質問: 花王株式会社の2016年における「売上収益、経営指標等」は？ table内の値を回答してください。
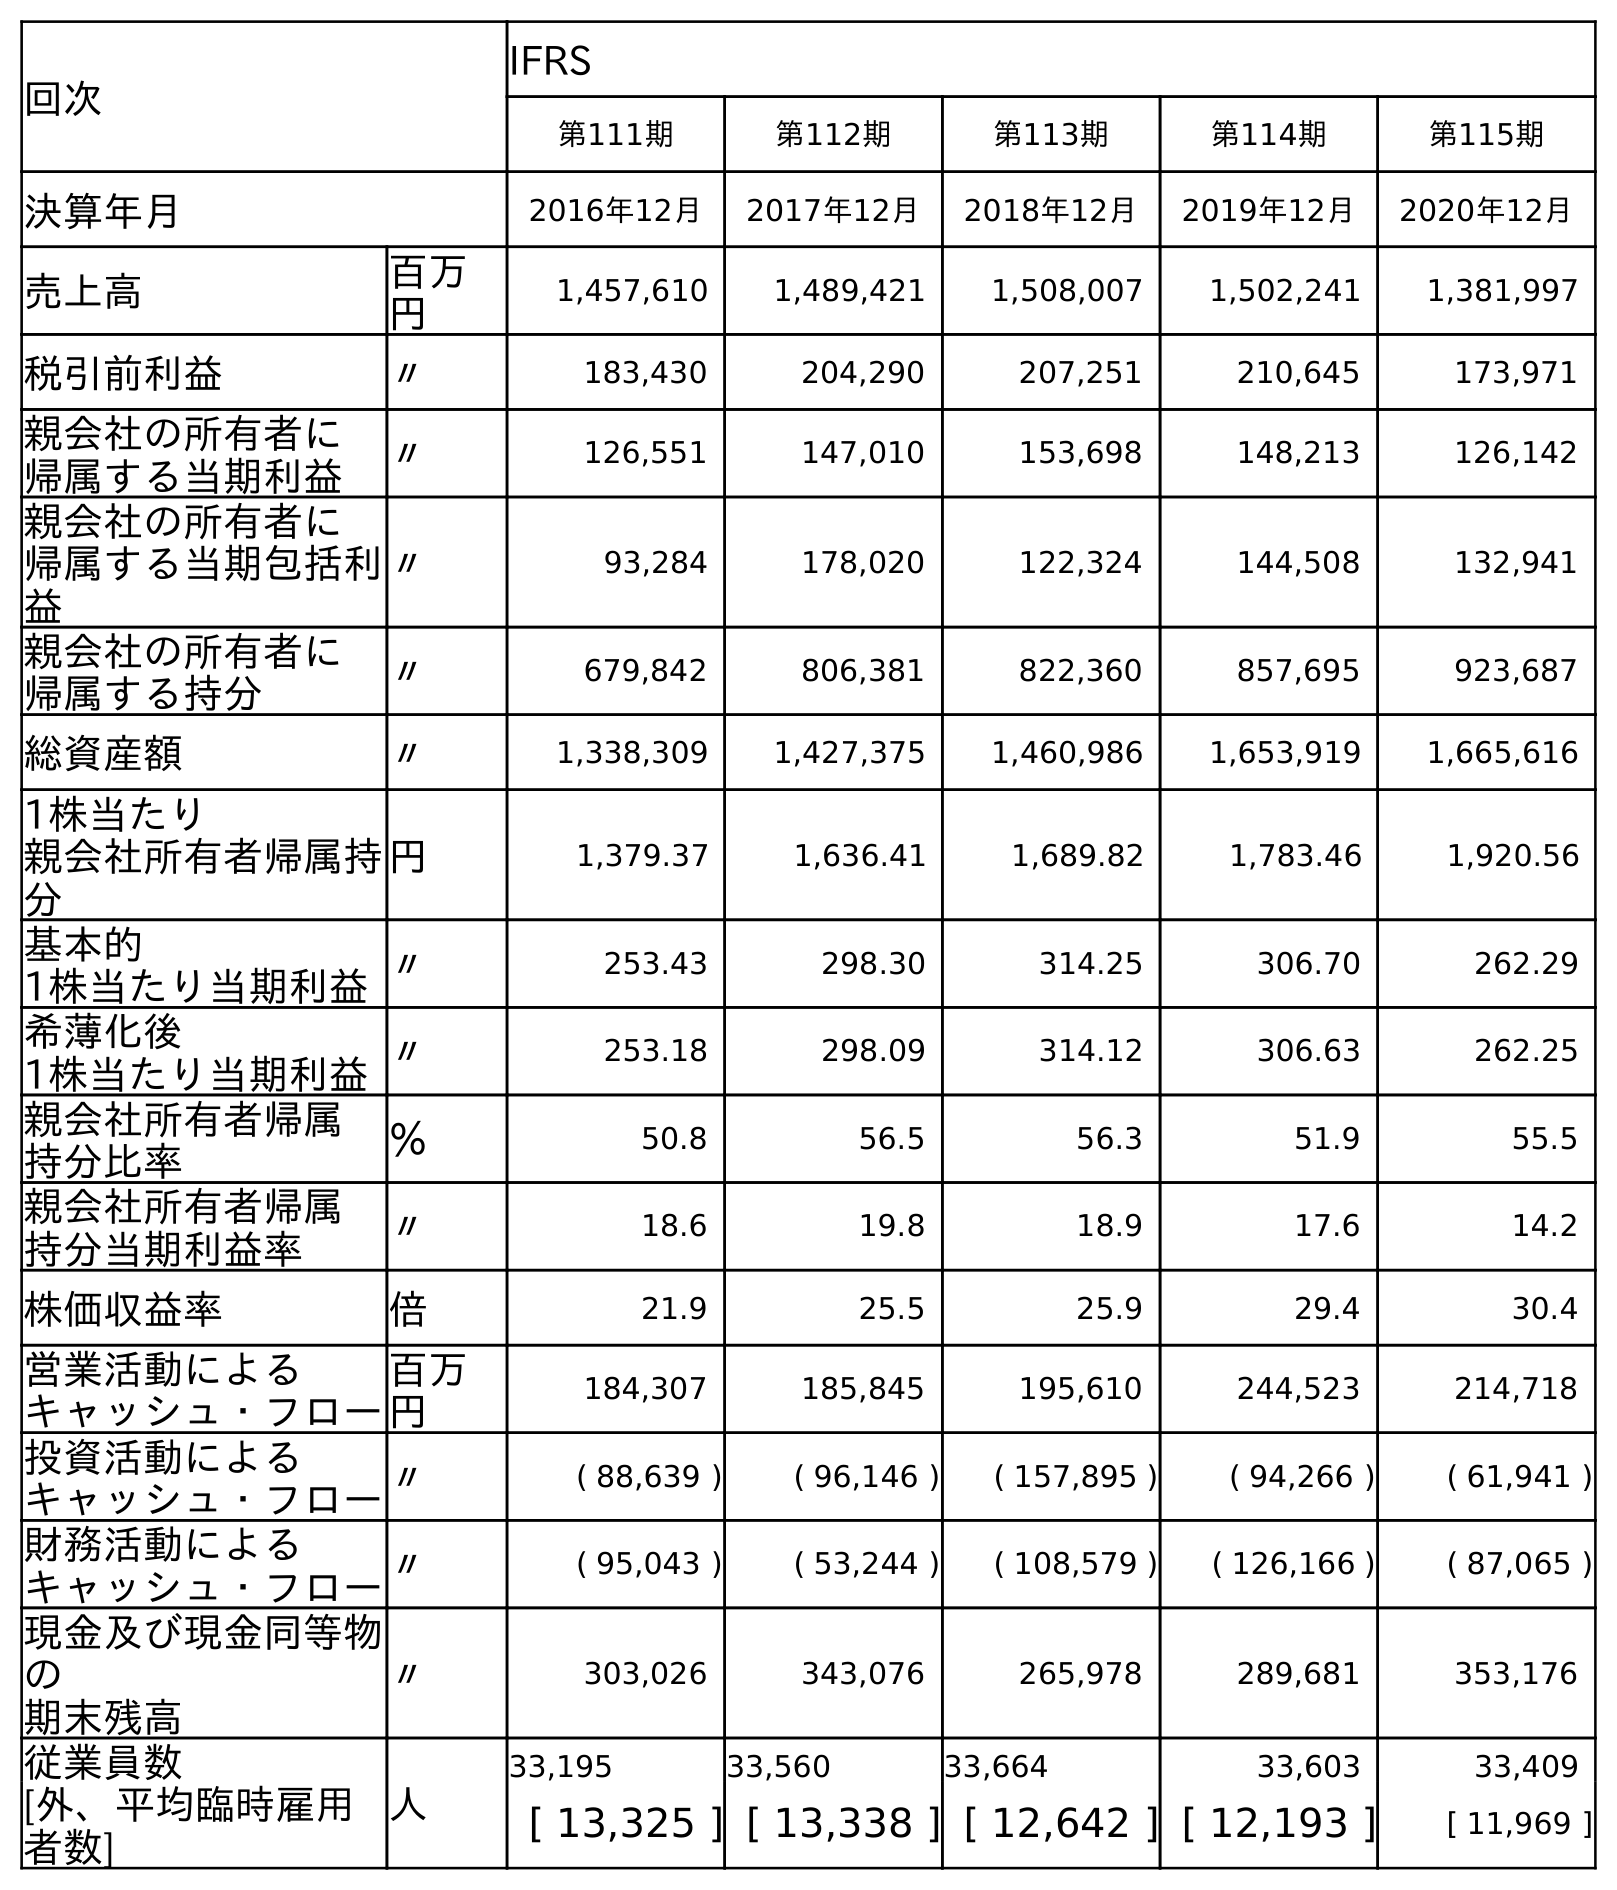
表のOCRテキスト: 回次 IFRS 第111期 第112期 第113期 第114期 第115期 決算年月 2016年12月 2017年12月 2018年12月 2019年12月 2020年12月 売上高 百万 円 1,457,610 1,489,421 1,508,007 1,502,241 1,381,997 税引前利益 〃 183,430 204,290 207,251 210,645 173,971 親会社の所有者に 帰属する当期利益 〃 126,551 147,010 153,698 148,213 126,142 親会社の所有者に 帰属する当期包括利 益 〃 93,284 178,020 122,324 144,508 132,941 親会社の所有者に 帰属する持分 〃 679,842 806,381 822,360 857,695 923,687 総資産額 〃 1,338,309 1,427,375 1,460,986 1,653,919 1,665,616 1株当たり 親会社所有者帰属持 分 円 1,379.37 1,636.41 1,689.82 1,783.46 1,920.56 基本的 1株当たり当期利益〃 253.43 298.30 314.25 306.70 262.29 希薄化後 1株当たり当期利益〃 253.18 298.09 314.12 306.63 262.25 親会社所有者帰属 持分比率 ％ 50.8 56.5 56.3 51.9 55.5 親会社所有者帰属 持分当期利益率 〃 18.6 19.8 18.9 17.6 14.2 株価収益率 倍 21.9 25.5 25.9 29.4 30.4 営業活動による キャッシュ・フロー 百万 円 184,307 185,845 195,610 244,523 214,718 投資活動による キャッシュ・フロー〃 ( 88,639 ) ( 96,146 ) ( 157,895 ) ( 94,266 ) ( 61,941 ) 財務活動による キャッシュ・フロー〃 ( 95,043 ) ( 53,244 ) ( 108,579 ) ( 126,166 ) ( 87,065 ) 現金及び現金同等物 の 期末残高 〃 303,026 343,076 265,978 289,681 353,176 従業員数 人 33,195 33,560 33,664 33,603 33,409 [外、平均臨時雇用 者数] [ 13,325 ] [ 13,338 ] [ 12,642 ] [ 12,193 ] [ 11,969 ]
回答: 1,457,610